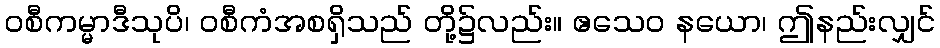
ဝစီကမ္မာဒီသုပိ၊ ဝစီကံအစရှိသည် တို့၌လည်း။ ဧသေဝ နယော၊ ဤနည်းလျှင်